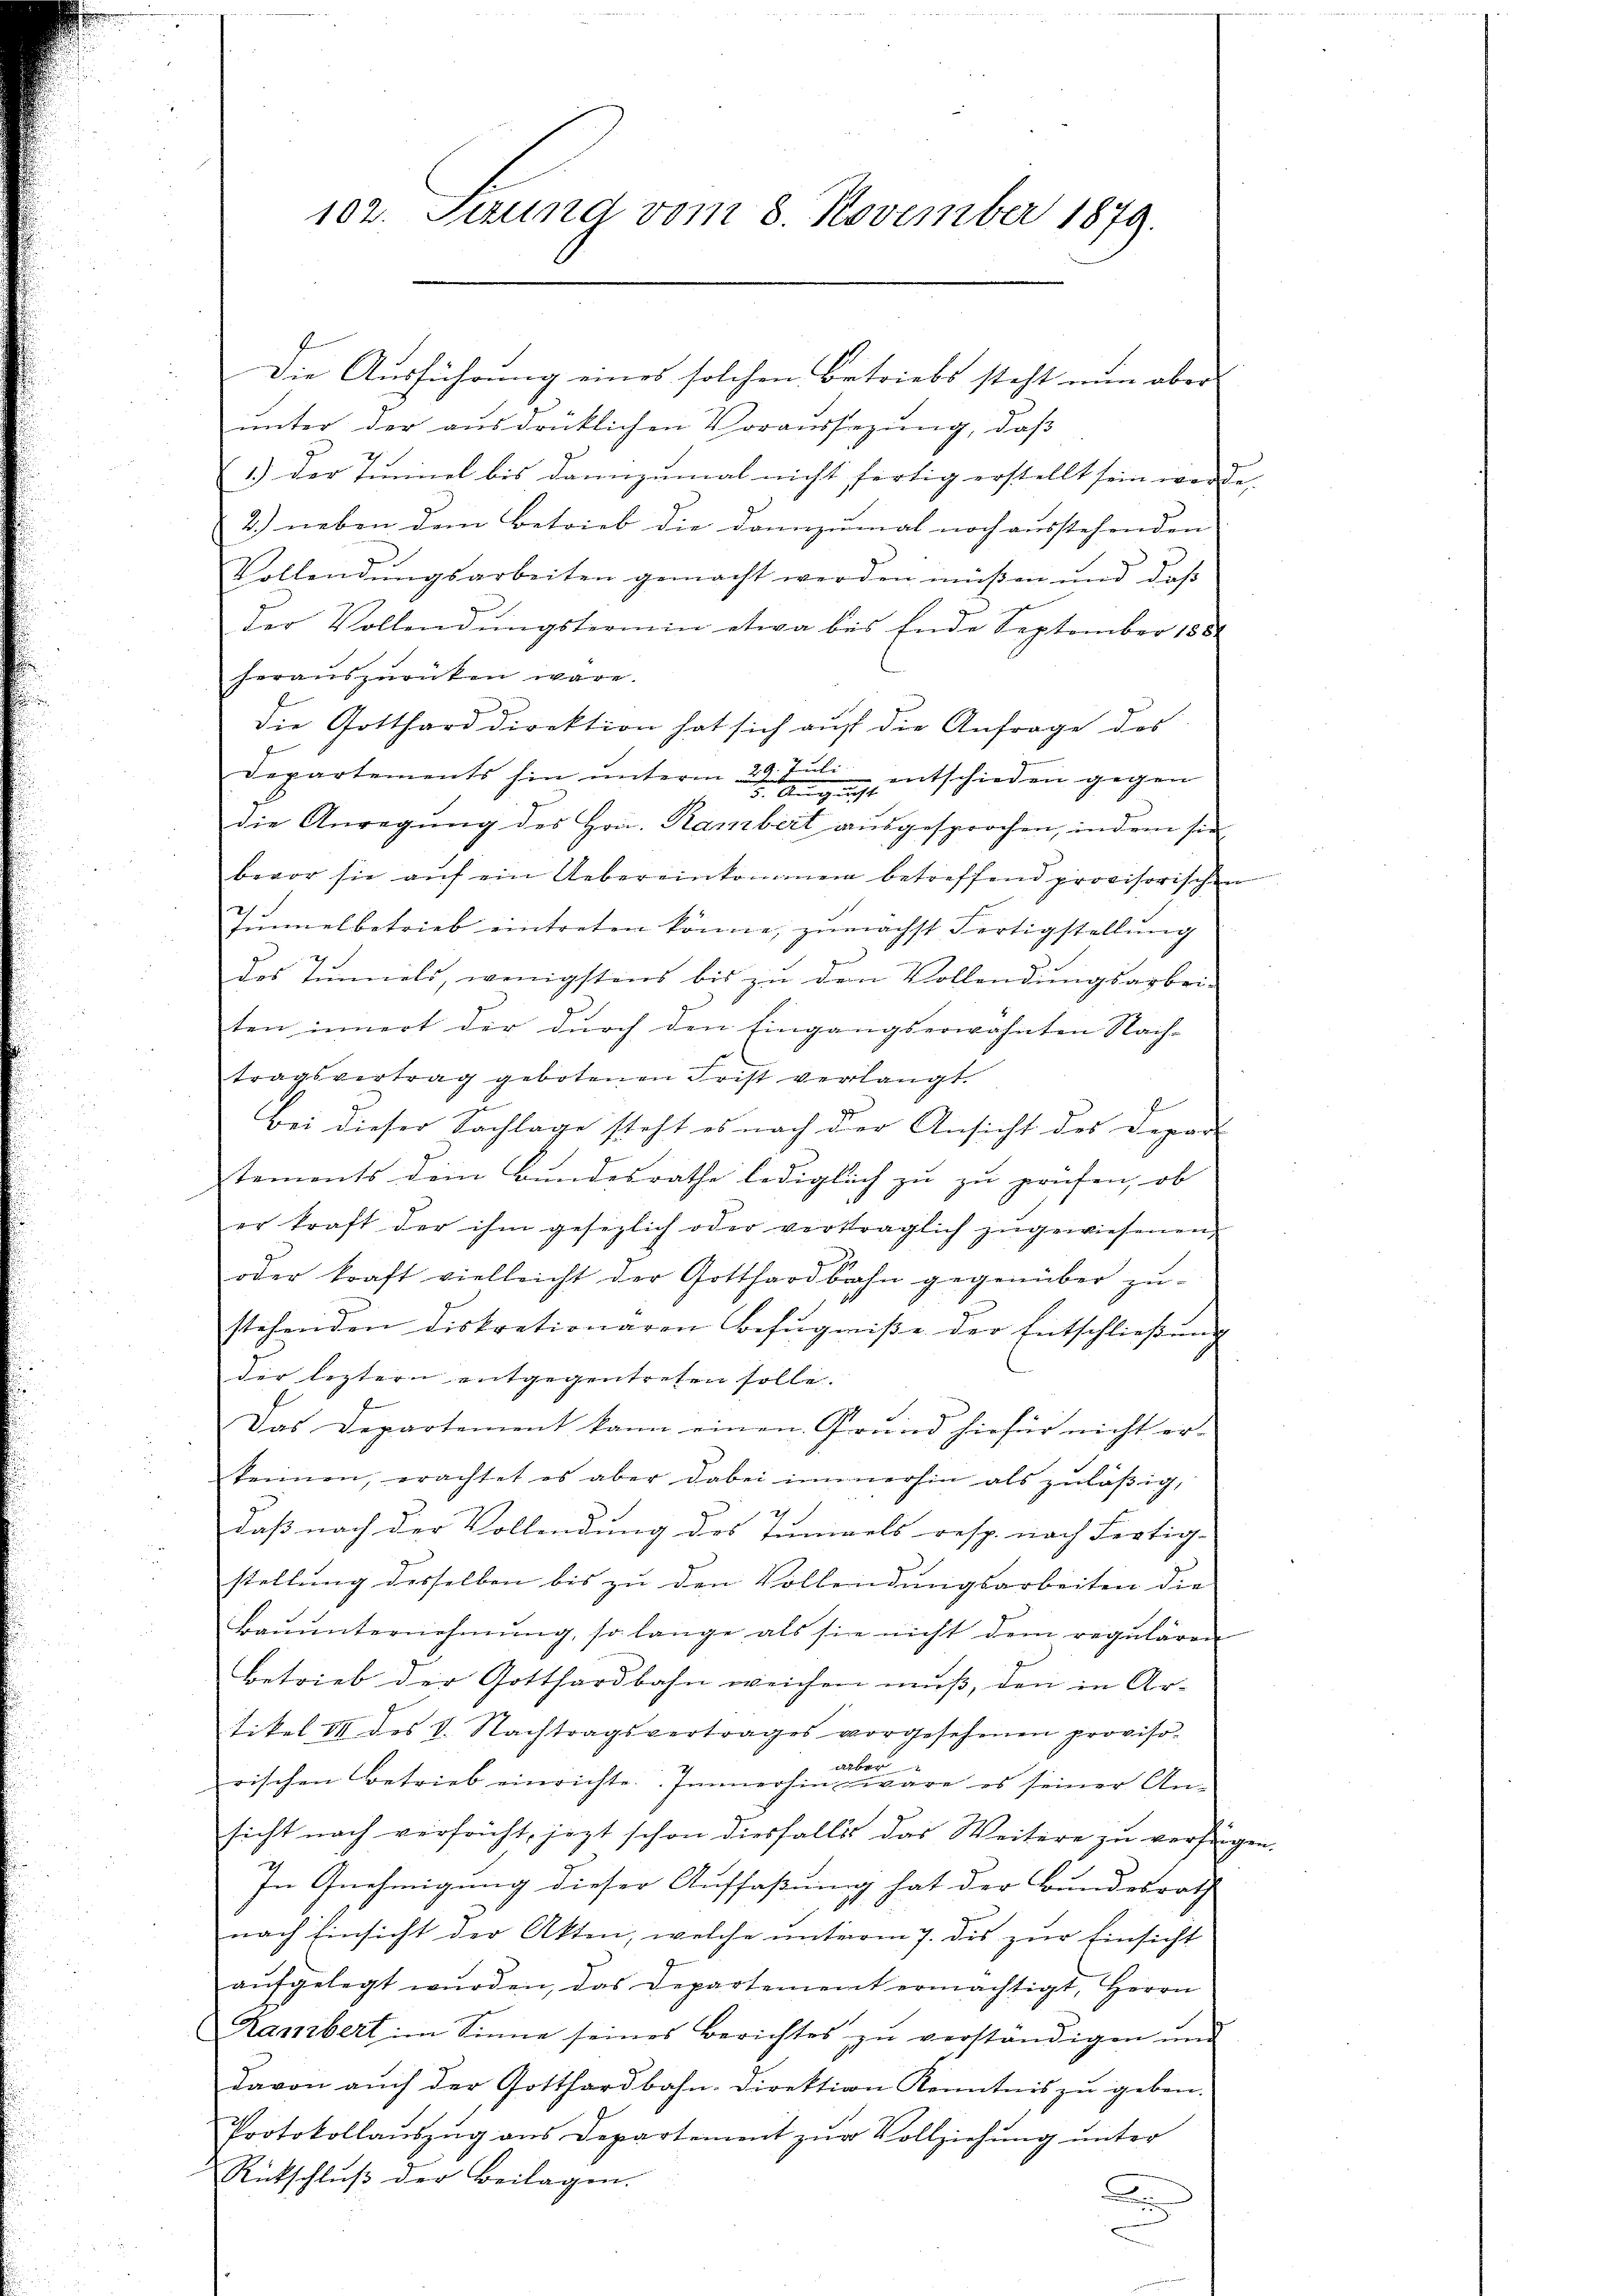
102. Sezung vom 8. November 1879.

Die Ausführung eines solchen Betriebs steht nun aber
unter der ausdrücklichen Voraussezung, daß
1.) Der Tunnel bis dannzumal nicht fertig erstellt sein werde.
2.) neben den Betrieb die dannzumal noch ausstehenden
Vollendŭngsarbeiten gemacht werden müßen und daß
Der Vollendungstermin etwa bis Ende September 1881
herauszurücken wäre.
die Gotthard direktion hat sich auf die Anfrage des
Departements hin unterm 29ten entschieden gegen
die Anregung des Hrn. Rambert ausgesprochen, indem sie
bevor sie aŭf ein Uebereinkommern betreffend provisorischen
Junnel betrieb eintreten könne, zunächst Fertigstellung
des Tunnels, wenigstens bis zu den Vollendungsarbeiten innert der durch den Eingangserwähnten Nach-
tragsvertrag gebotenen Frist verlangt.
Bei dieser Sachlage steht es nach der Ansicht des Depar
tements dem Bundesrathe lediglich zŭ zŭ prüfen, ob
er kraft der ihm gesezlich oder verträglich zŭgewiesenen
oder kraft vielleicht der Gotthardbahn gegenüber zŭ-
stehenden diskrationaren Befugniße der Entschlieβŭng
der leztern entgegentreten solle.
Das Departement kann einen Grund hiefür nicht er-
keinen, erachtet es aber dabei immerhin als zuläßig,
13
daß nach der Vollendung des Eingels resp. nach Fertig- |
stellung desselben bis zu den Vollendungsarbeiten die
Bauunternehmung, so lange, als sie nicht dem regulären
Betrieb der Gotthardbahn weichen muß, den in Ar-
tikel III des V. Nachtragsvertrages vorgesehenen proviso-
aber
rischen Betrieb einrichte. Immerhin wäre es seiner An-
sicht nach verfricht, jezt schon diesfalls das Weitere zu verfügen.
In Gnehmigung dieser Auffaßung hat der Bundesrath
nach Einsicht der Akten, welche unterm 7. des zur Einsicht
aŭfgelegt wŭrden, das Departement ermächtigt, Herrn
Rambert im Sinne seines Berichtes zŭ verständigen und
davon auch der Gotthardbahn-Direktion Kenntnis zu geben.
Protokollaŭszŭg ans Departement zŭr Vollziehŭng ŭnter
Rückschluß der Beilagen.
B